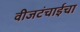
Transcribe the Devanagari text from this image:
वीजटंचाईचा